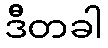
ဒီတခါ